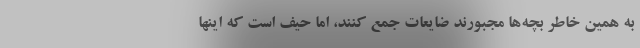
به همین خاطر بچه‌ها مجبورند ضایعات جمع کنند، اما حیف است که اینها